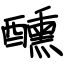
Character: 醺